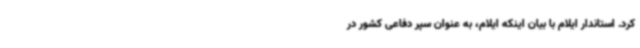
کرد. استاندار ایلام با بیان اینکه ایلام، به عنوان سپر دفاعی کشور در